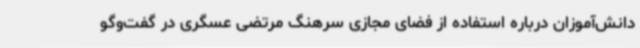
دانش‌آموزان درباره استفاده از فضای مجازی سرهنگ مرتضی عسگری در گفت‌وگو